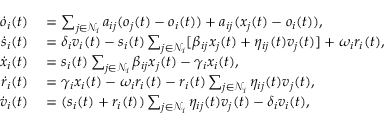
\begin{array} { r l } { \dot { o } _ { i } ( t ) } & { { } = \sum _ { j \in \mathcal { N } _ { i } } a _ { i j } ( o _ { j } ( t ) - o _ { i } ( t ) ) + a _ { i j } ( x _ { j } ( t ) - o _ { i } ( t ) ) , } \\ { \dot { s } _ { i } ( t ) } & { { } = \delta _ { i } v _ { i } ( t ) - s _ { i } ( t ) \sum _ { j \in \mathcal { N } _ { i } } [ \beta _ { i j } x _ { j } ( t ) + \eta _ { i j } ( t ) v _ { j } ( t ) ] + \omega _ { i } r _ { i } ( t ) , } \\ { \dot { x } _ { i } ( t ) } & { { } = s _ { i } ( t ) \sum _ { j \in \mathcal { N } _ { i } } \beta _ { i j } x _ { j } ( t ) - \gamma _ { i } x _ { i } ( t ) , } \\ { \dot { r } _ { i } ( t ) } & { { } = \gamma _ { i } x _ { i } ( t ) - \omega _ { i } r _ { i } ( t ) - r _ { i } ( t ) \sum _ { j \in \mathcal { N } _ { i } } \eta _ { i j } ( t ) v _ { j } ( t ) , } \\ { \dot { v } _ { i } ( t ) } & { { } = ( s _ { i } ( t ) + r _ { i } ( t ) ) \sum _ { j \in \mathcal { N } _ { i } } \eta _ { i j } ( t ) v _ { j } ( t ) - \delta _ { i } v _ { i } ( t ) , } \end{array}